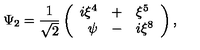
\Psi _ { 2 } = \frac { 1 } { \sqrt { 2 } } \left( \begin{array} { r c l } { i \xi ^ { 4 } } & { + } & { \xi ^ { 5 } } \\ { \psi } & { - } & { i \xi ^ { 8 } } \\ \end{array} \right) ,